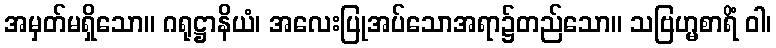
အမှတ်မရှိသော။ ဂရုဋ္ဌာနိယံ၊ အလေးပြုအပ်သောအရာ၌တည်သော။ သဗြဟ္မစာရိံ ဝါ၊